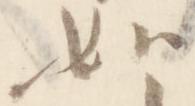
如